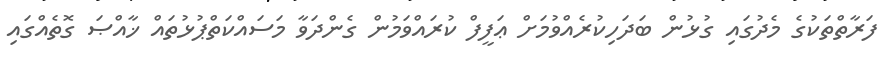
ފަރާތްތަކުގެ މެދުގައި ގުޅުން ބަދަހިކުރެއްވުމަށް ޢަފީފް ކުރައްވަމުން ގެންދަވާ މަސައްކަތްޕުޅުތައް ޚާއްޞަ ގޮތެއްގައި